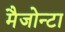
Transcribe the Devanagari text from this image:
मैजोन्टा